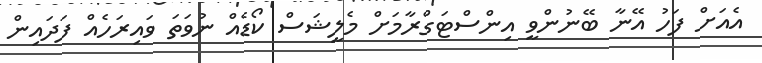
އެއަށް ފަހު އޭނާ ބޭނުންވީ އިންސްޓަގްރާމަށް މެލީޝަސް ކޯޑެއް ނުވަތަ ވައިރަހެއް ފަދައިން